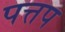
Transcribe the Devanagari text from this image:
पत्तप